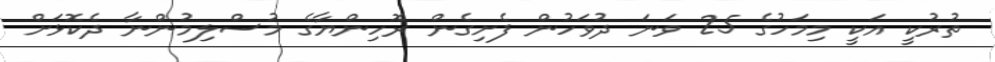
ތުރުކީ އަކީ މިމަހުގެ 25 ވަނަ ދުވަހުން ފެށިގެން ރޮހިންޔާގެ މުސްލިމުންނާ ދެކޮޅަށް